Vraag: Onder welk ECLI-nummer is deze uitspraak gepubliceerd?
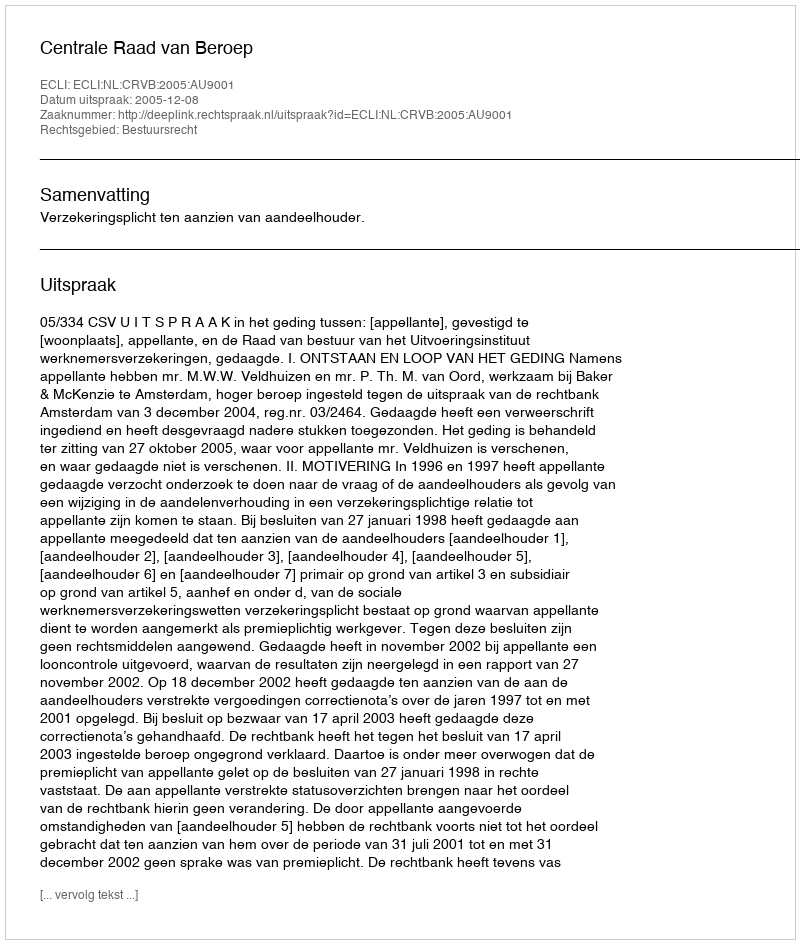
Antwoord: ECLI:NL:CRVB:2005:AU9001